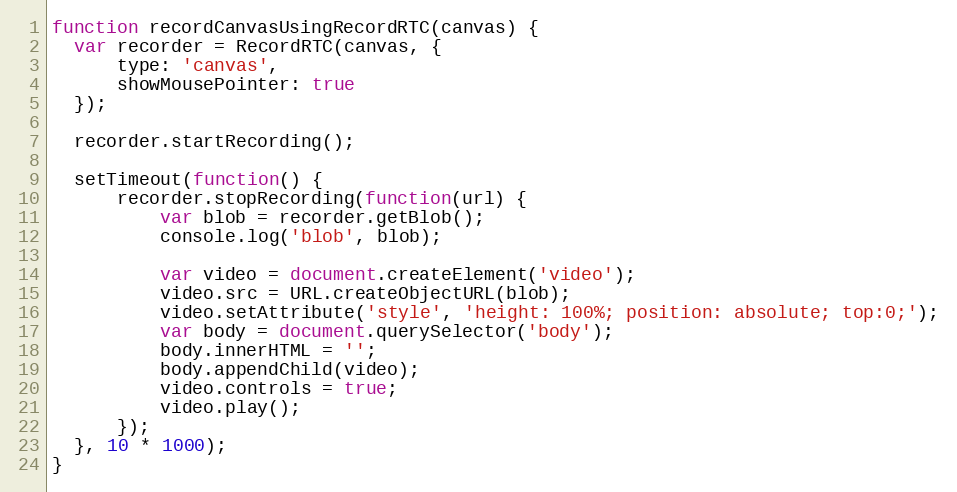
Language: JavaScript
function recordCanvasUsingRecordRTC(canvas) {
  var recorder = RecordRTC(canvas, {
      type: 'canvas',
      showMousePointer: true
  });

  recorder.startRecording();

  setTimeout(function() {
      recorder.stopRecording(function(url) {
          var blob = recorder.getBlob();
          console.log('blob', blob);

          var video = document.createElement('video');
          video.src = URL.createObjectURL(blob);
          video.setAttribute('style', 'height: 100%; position: absolute; top:0;');
          var body = document.querySelector('body');
          body.innerHTML = '';
          body.appendChild(video);
          video.controls = true;
          video.play();
      });
  }, 10 * 1000);
}